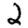
Digit: 2